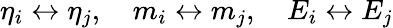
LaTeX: \eta_{i}\leftrightarrow\eta_{j},\quad m_{i}\leftrightarrow m_{j},\quad E_{i}\leftrightarrow E_{j}